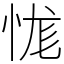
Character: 㤶